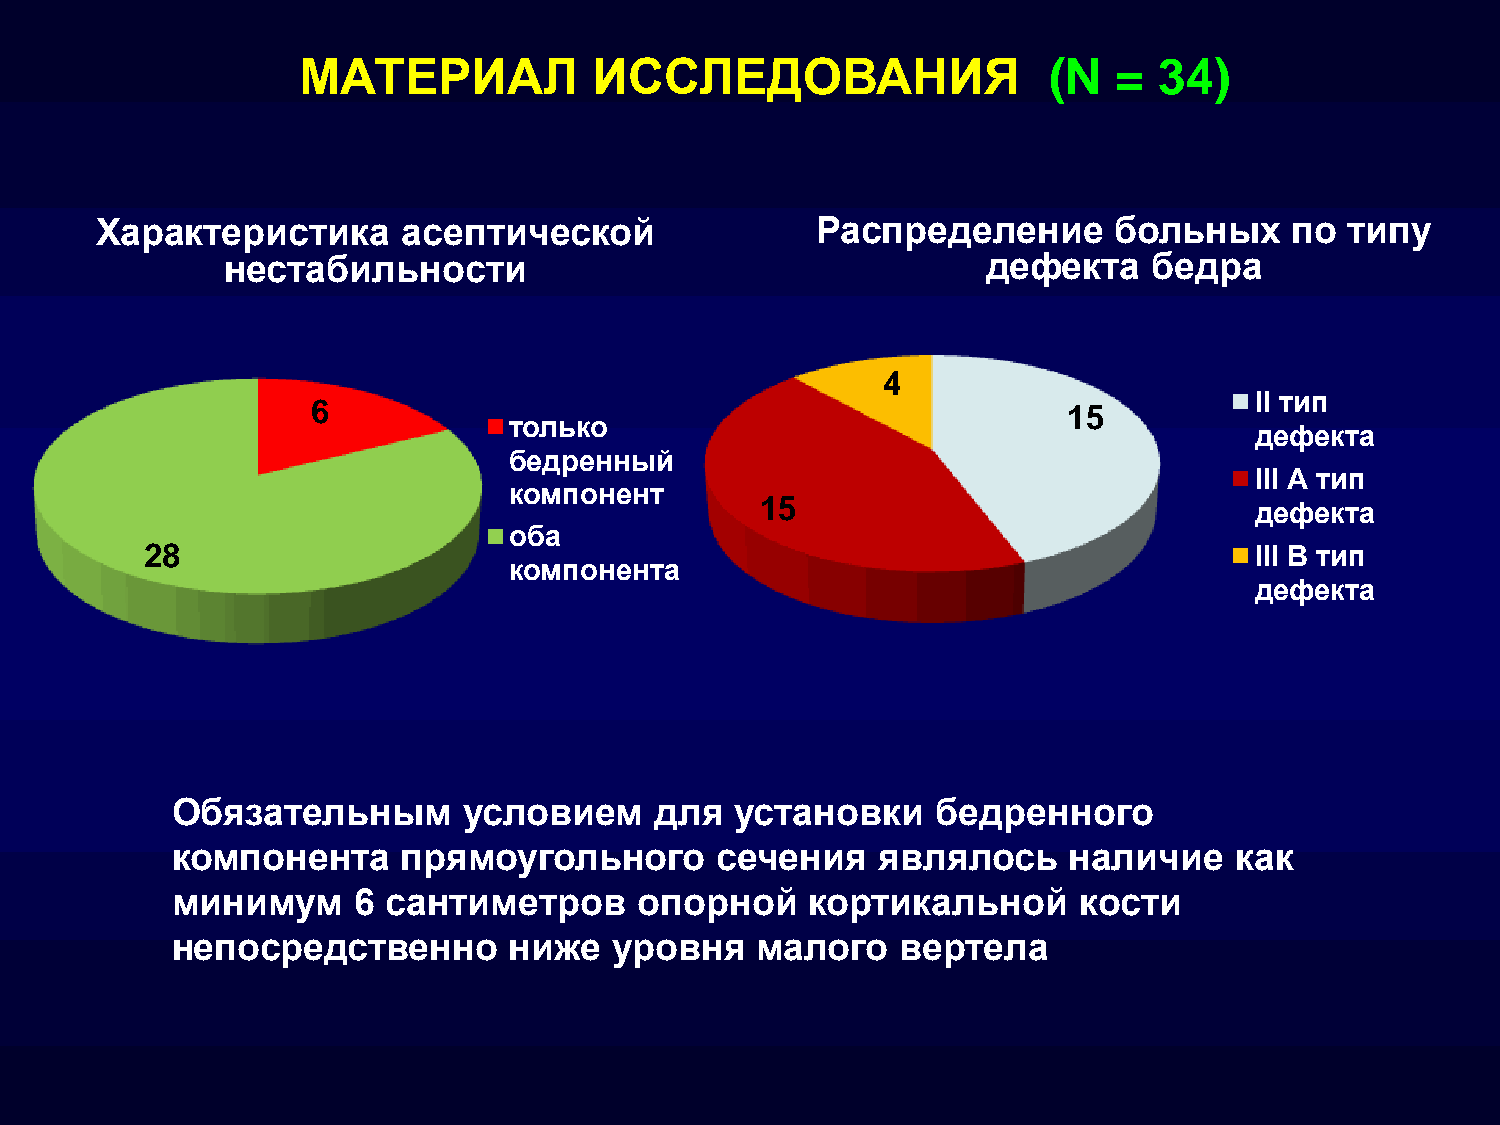
МАТЕРИАЛ           ИССЛЕДОВАНИЯ                  (N   =  34)
 Характеристика       асептической               Распределение       больных     по типу
 нестабильности                                    дефекта    бедра
 4
 II тип
 6                                                 15
 только
 дефекта
 бедренный
 III А тип
 компонент
 15                               дефекта
 оба
 28                                                                       III В тип
 компонента
 дефекта
 Обязательным        условием    для   установки    бедренного
 компонента      прямоугольного      сечения    являлось     наличие    как
 минимум     6  сантиметров     опорной     кортикальной     кости
 непосредственно        ниже   уровня   малого    вертела